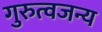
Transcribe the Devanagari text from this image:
गुरुत्वजन्य